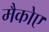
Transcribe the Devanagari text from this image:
मैकोए